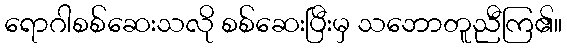
ရောဂါစစ်ဆေးသလို စစ်ဆေးပြီးမှ သဘောတူညီကြ၏။